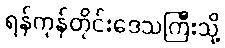
ရန်ကုန်တိုင်းဒေသကြီးသို့